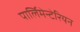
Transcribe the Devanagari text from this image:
पार्लिमेन्टेरियन